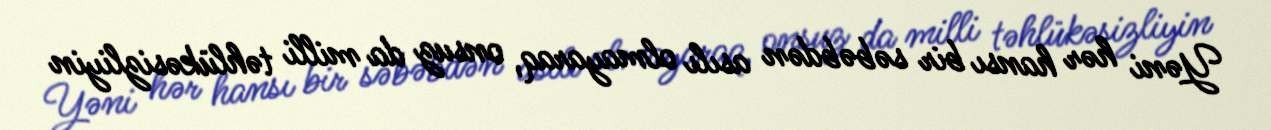
Yəni hər hansı bir səbəbdən asılı olmayaraq, onsuz da milli təhlükəsizliyin